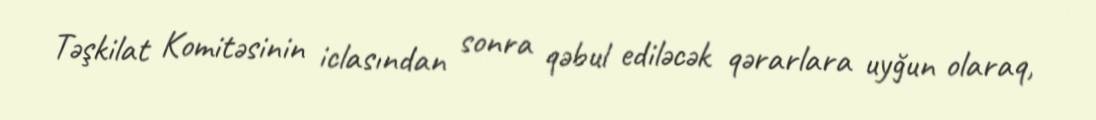
Təşkilat Komitəsinin iclasından sonra qəbul ediləcək qərarlara uyğun olaraq,